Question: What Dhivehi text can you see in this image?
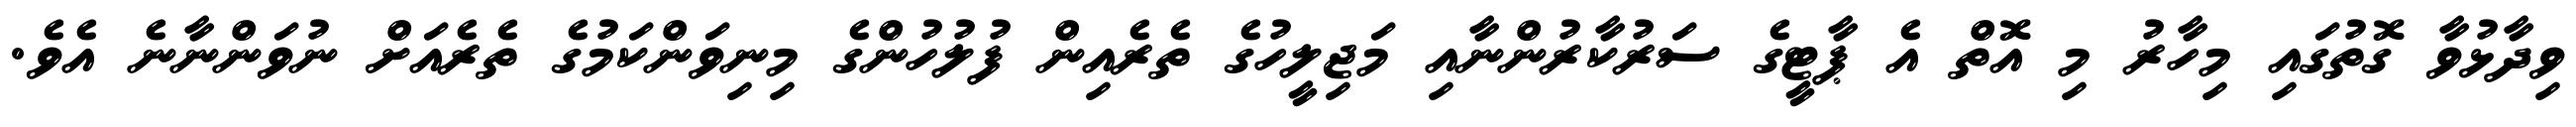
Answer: ވިދާޅުވާ ގޮތުގައި މިހާރު މި އޮތް އެ ޕާޓީގެ ސަރުކާރުންނާއި މަޖިލީހުގެ ތެރެއިން ފުލުހުންގެ މިނިވަންކަމުގެ ތެރެއަށް ނުވަންނާނެ އެވެ.